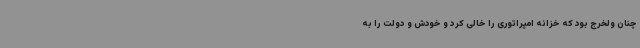
چنان ولخرج بود که خزانه امپراتوری را خالی کرد و خودش و دولت را به